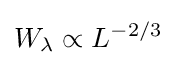
W_{\lambda }\propto L^{-2/3}